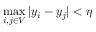
\operatorname* { m a x } _ { i , j \in V } | y _ { i } - y _ { j } | < \eta